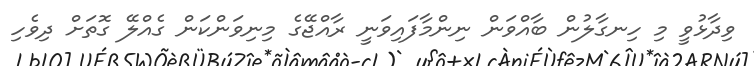
ވިދާޅުވީ މި ހިނގާލުން ބާއްވަން ނިންމާފައިވަނީ ރާއްޖޭގެ މިނިވަންކަން ގެއްލޭ ގޮތަށް ދިވެހި